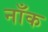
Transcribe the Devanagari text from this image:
नाँक